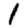
Digit: 1